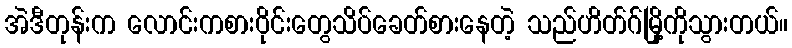
အဲဒီတုန်းက လောင်းကစားဝိုင်းတွေသိပ်ခေတ်စားနေတဲ့ သည်ဟိတ်ဂ်မြို့ကိုသွားတယ်။